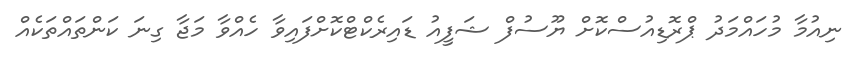
ނިއުމާ މުހައްމަދު ޕްރޮޑިއުސްކޮށް ޔޫސުފް ޝަފީއު ޑައިރެކްޓްކޮށްފައިވާ ހެއްވާ މަޖާ ގިނަ ކަންތައްތަކެއް